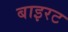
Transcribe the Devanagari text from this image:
बाइरट